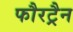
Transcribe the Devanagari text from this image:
फौरट्रैन